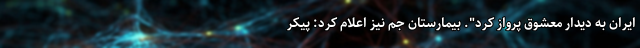
ایران به دیدار معشوق پرواز کرد". بیمارستان جم نیز اعلام کرد: پیکر